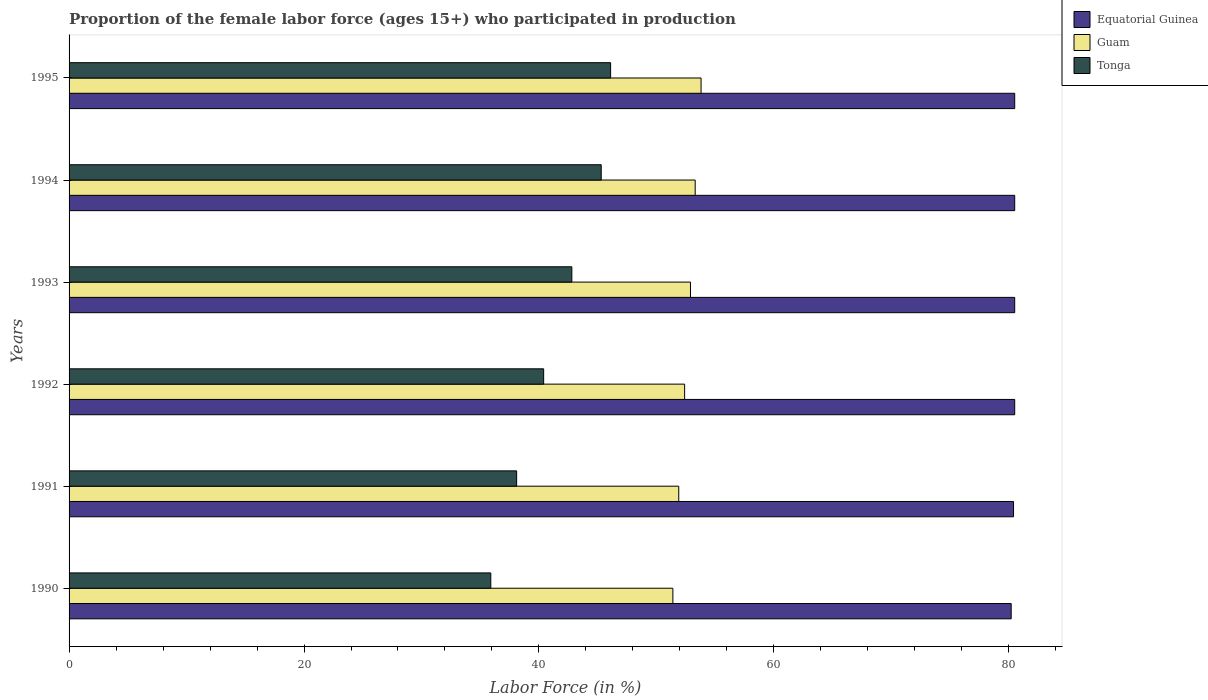
| Years | Equatorial Guinea | Guam | Tonga |
 | --- | --- | --- | --- |
 | 1990 | 80.2 | 51.4 | 35.9 |
 | 1991 | 80.4 | 51.9 | 38.1 |
 | 1992 | 80.5 | 52.4 | 40.4 |
 | 1993 | 80.5 | 52.9 | 42.8 |
 | 1994 | 80.5 | 53.3 | 45.3 |
 | 1995 | 80.5 | 53.8 | 46.1 |